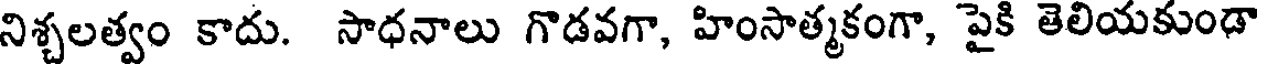
నిశ్చలత్వం కాదు. సాధనాలు గొడవగా, హింసాత్మకంగా, పైకి తెలియకుండా